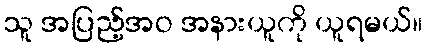
သူ အပြည့်အဝ အနားယူကို ယူရမယ်။